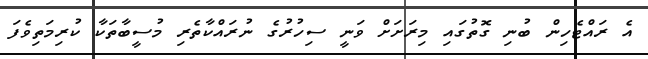
އެ ރައްޓެހިން ބުނި ގޮތުގައި މިރަށަށް ވަނީ ސިހުރުގެ ނުރައްކާތެރި މުސީބާތަކާ ކުރިމަތިވެފަ